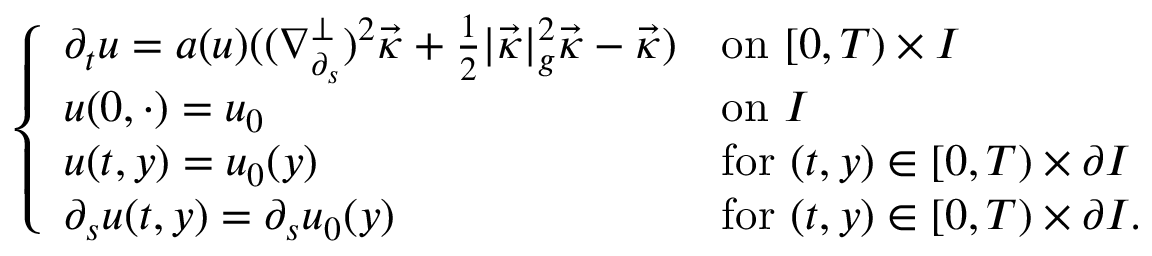
\left\{ \begin{array} { l l } { \partial _ { t } u = a ( u ) ( ( \nabla _ { \partial _ { s } } ^ { \perp } ) ^ { 2 } \vec { \kappa } + \frac { 1 } { 2 } | \vec { \kappa } | _ { g } ^ { 2 } \vec { \kappa } - \vec { \kappa } ) } & { \mathrm { o n ~ } [ 0 , T ) \times I } \\ { u ( 0 , \cdot ) = u _ { 0 } } & { \mathrm { o n ~ } I } \\ { u ( t , y ) = u _ { 0 } ( y ) } & { \mathrm { f o r ~ } ( t , y ) \in [ 0 , T ) \times \partial I } \\ { \partial _ { s } u ( t , y ) = \partial _ { s } u _ { 0 } ( y ) } & { \mathrm { f o r ~ } ( t , y ) \in [ 0 , T ) \times \partial I . } \end{array} \right.